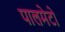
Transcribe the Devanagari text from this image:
पालमेटो